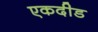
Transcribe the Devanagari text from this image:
एकदीड